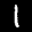
Label: 1